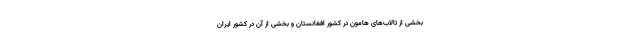
بخشی از تالاب‌های هامون در کشور افغانستان و بخشی از آن در کشور ایران